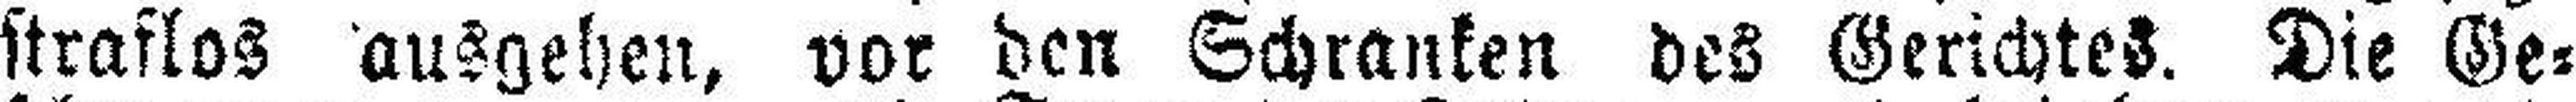
straflos ausgehen, vor den Schranken des Gerichtes. Die Ge¬